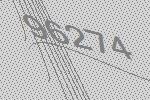
96274